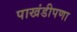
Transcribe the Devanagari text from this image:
पाखंडीपणा